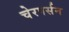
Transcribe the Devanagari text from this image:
चेरपर्सन